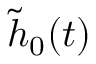
\tilde { h } _ { 0 } ( t )